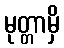
မုတ္တာမှိ